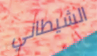
الشيطاني